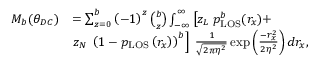
\begin{array} { r l } { M _ { b } ( \theta _ { D C } ) } & { = \sum _ { z = 0 } ^ { b } \left( - 1 \right) ^ { z } { \binom { b } { z } } \int _ { - \infty } ^ { \infty } \left[ z _ { L } \; p _ { \mathrm { { L O S } } } ^ { b } ( r _ { x } ) + \right. } \\ & { \left. z _ { N } \; \left( 1 - p _ { \mathrm { L O S } } \left( r _ { x } \right) \right) ^ { b } \right] \; \frac { 1 } { \sqrt { 2 \pi \eta ^ { 2 } } } \exp \left( \frac { - r _ { x } ^ { 2 } } { 2 \eta ^ { 2 } } \right) d r _ { x } , } \end{array}